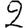
Digit: 2